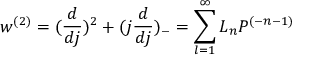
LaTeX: w ^ { ( 2 ) } = ( \frac { d } { d j } ) ^ { 2 } + ( j \frac { d } { d j } ) _ { - } = \sum _ { l = 1 } ^ { \infty } { \cal L } _ { n } P ^ { ( - n - 1 ) }